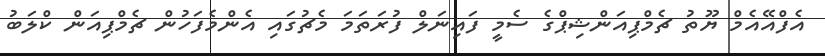
އެފްއޭއެމް ޔޫތު ޗެމްޕިއަންޝިޕްގެ ސެމީ ފައިނަލް ފުރަތަމަ މެޗުގައި އެންމެފަހުން ޗެމްޕިއަން ކްލަބު